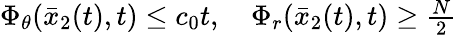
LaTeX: \begin{array}{r}{\Phi_{\theta}(\bar{x}_{2}(t),t)\le c_{0}t,\quad\Phi_{r}(\bar{x}_{2}(t),t)\ge\frac{N}{2}}\end{array}